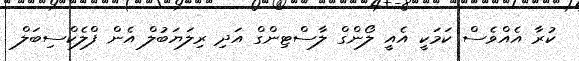
ކުރާ އެއްވެސް ކަމަކީ އެއީ ލޯންގް ލާސްޓިންގް އަދި ރިލަޔަބުލް އެން ފްލެކްސިބަލް